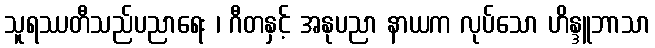
သူရဿတီသည်ပညာရေး ၊ ဂီတနှင့် အနုပညာ နာယက လုပ်သော ဟိန္ဒူဘာသာ